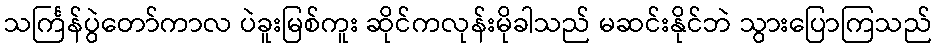
သင်္ကြန်ပွဲတော်ကာလ ပဲခူးမြစ်ကူး ဆိုင်ကလုန်းမိုခါသည် မဆင်းနိုင်ဘဲ သွားပြောကြသည်